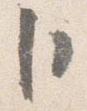
卜